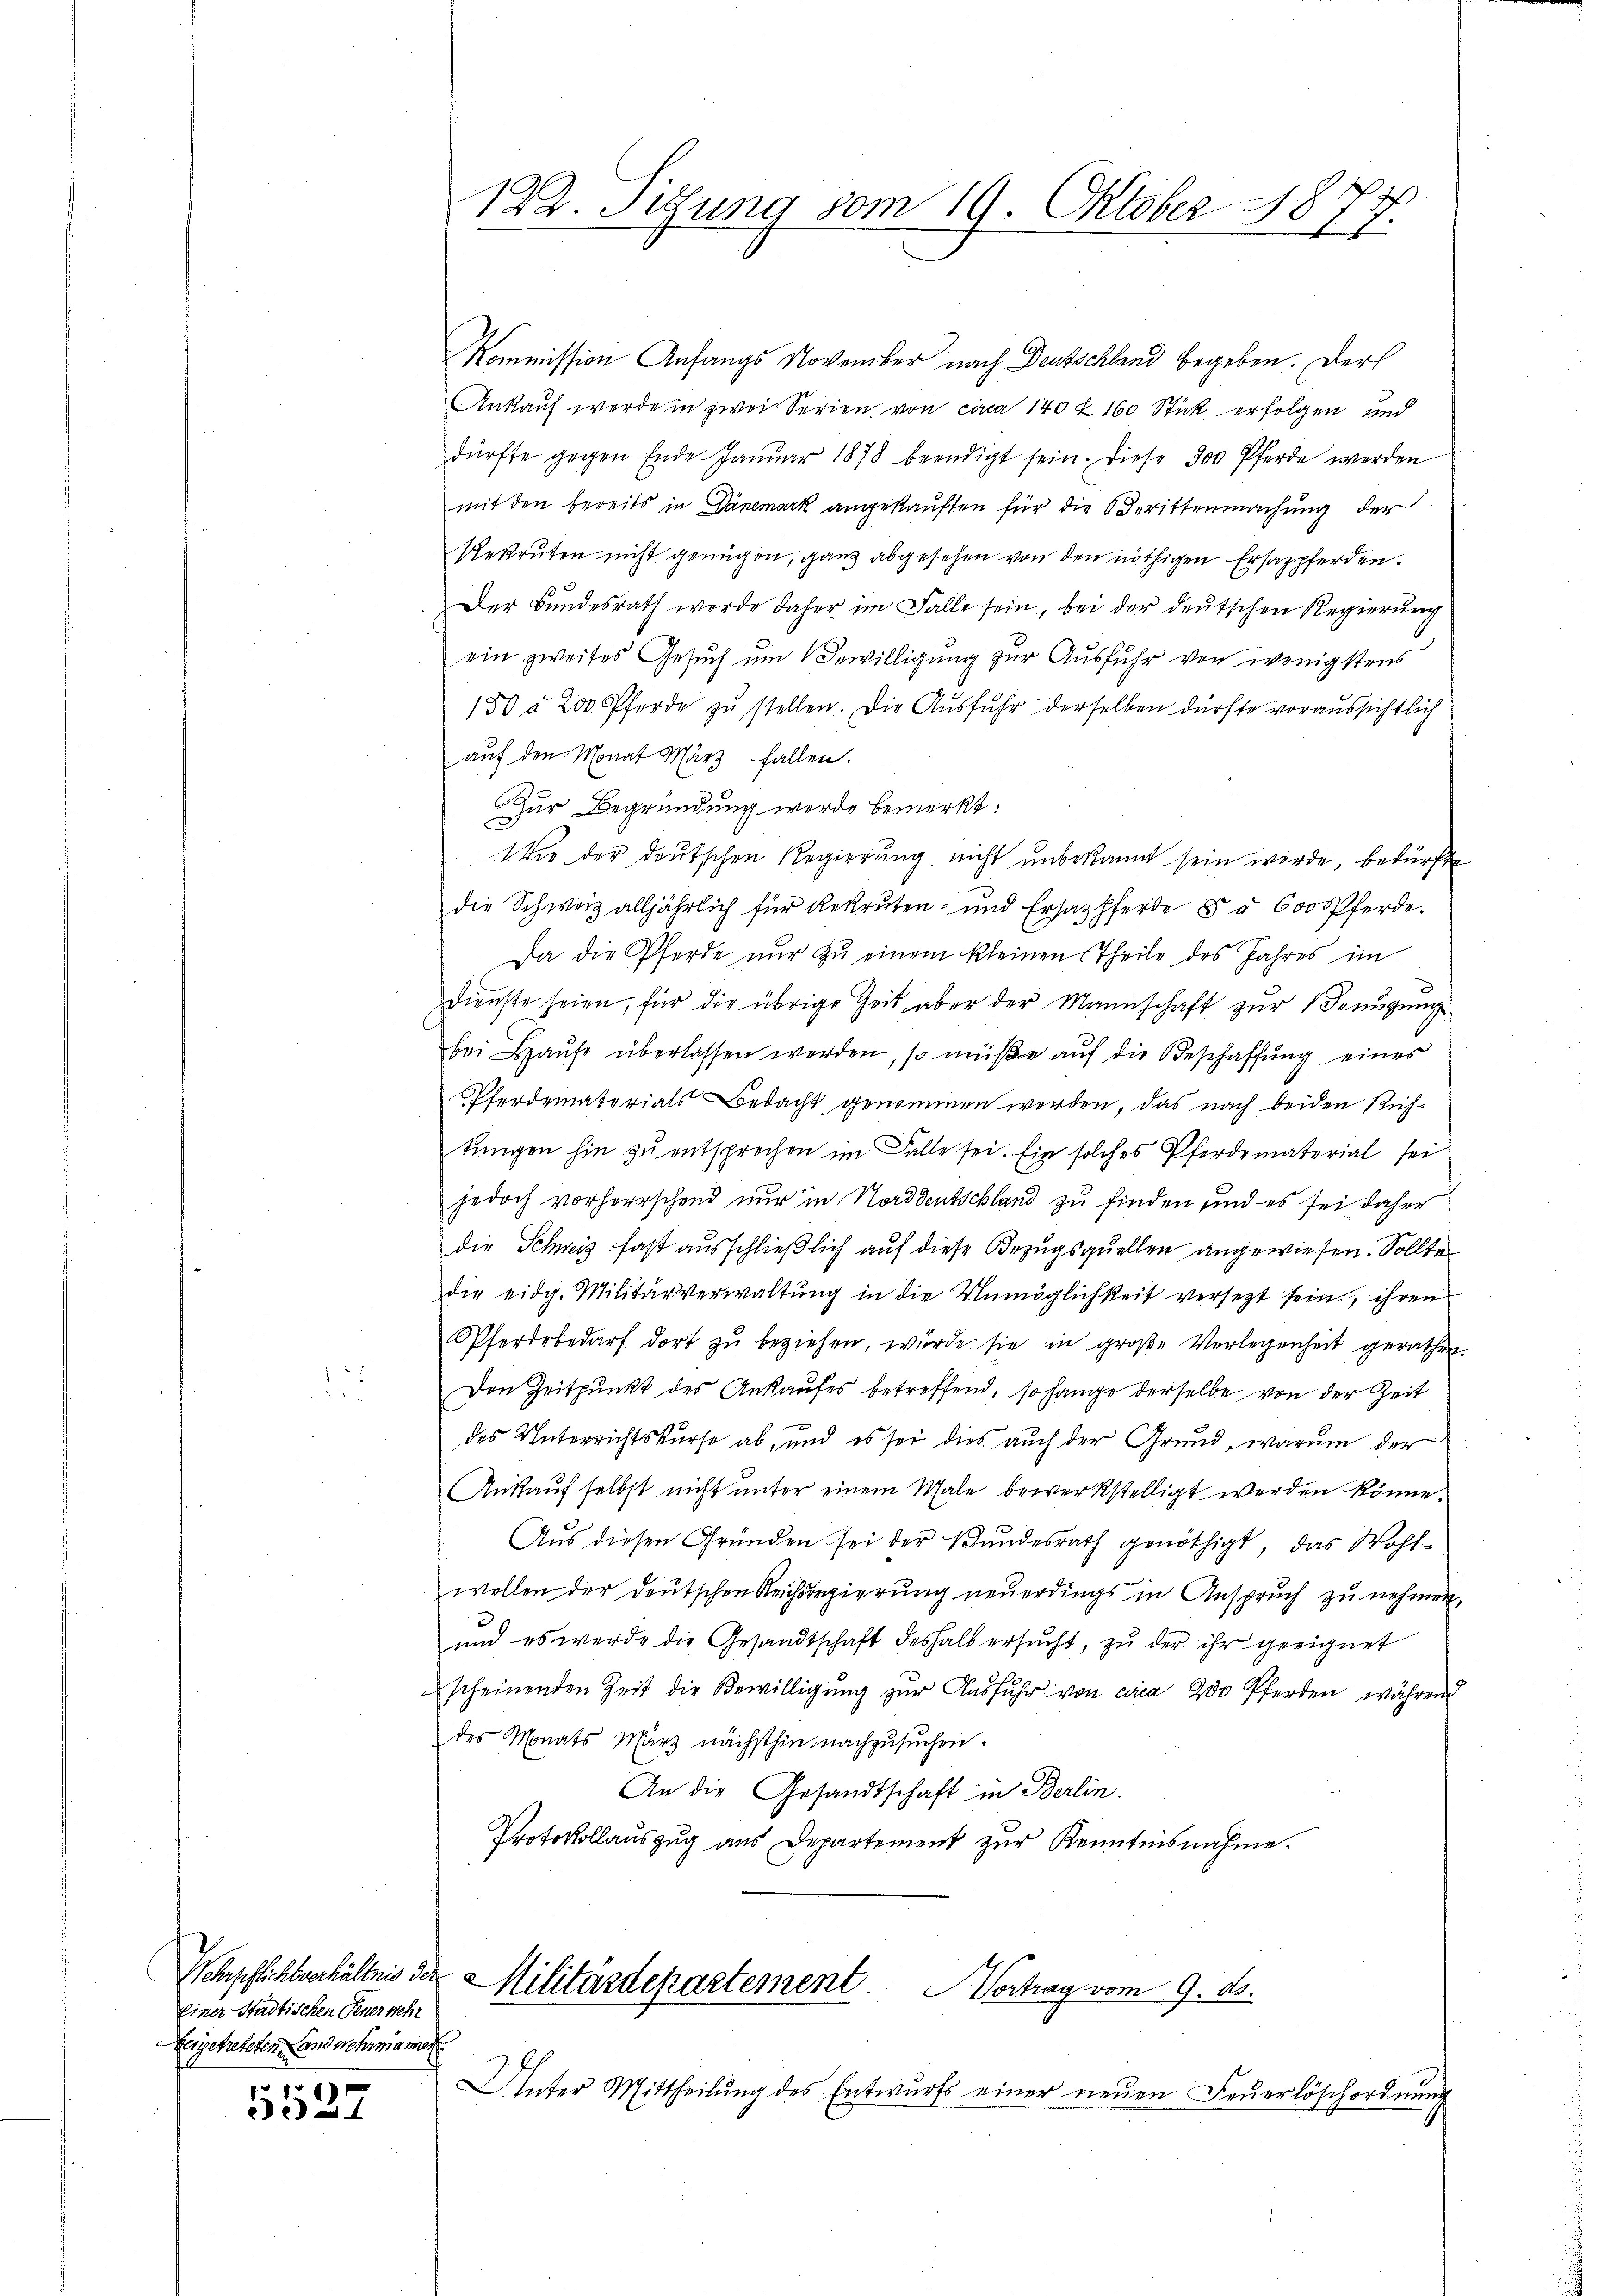
Wehrpflichtverhältnis der
Einer Städtischen Gener mehr
beigetreteten and mehrmamen.

5527

Kommission Anfangs November nach Deutschland begeben. Der
Ankauf werde in zwei Serien, von circa 140 & 160 Stick erfolgen und
dürfte gegen Ende Janŭar 1878 beendigt sein. Diese 300 Pferde werden
mit den bereits in Dänemark angekauften für die Berittenmachung der
Rekruten nicht genügen, ganz abgesehen von den nöthigen Ersazpferden.
Der Bundesrath werde daher im Falle sein, bei der deutschen Regierung
ein zweites Gesuch um Bewilligung zur Ausfuhr von wenigstens
150 § 200 Pferde zu stellen. Die Ausfuhr derselben dürfte voraussichtlich
auf den Monat März fallen.
Zur Begründung werde bemerkt:
Wie der deutschen Regierung nicht unbekannt sein werde, bedürfte
die Schweiz alljährlich für Rekruten- und Ersatzpferde § § 600 Pferde.
Da die Pferde nur zu einem kleinen Theile des Jahres im
Dienste seien, für die übrige Zeit aber der Mannschaft zur Genügung
bei Haŭse überlassen werden, so müße aŭf die Beschaffŭng eines
Pferdematerials Bedacht genommen werden, das nach beiden Richtungen hin zu entsprechen im Falle sei. Ein solches Pferdematerial sei
jedoch vorherrschend nur in Norddeutschland zu finden und es sei daher
die Schweiz fast ausschließlich auf diese Bezugsquellen angewiesen. Sollte
die eidg. Militärverwaltung in die Unmöglichkeit versezt sein, ihren
Pferdebedarf dort zu beziehen, wurde sie in große Verlegenheit gerathen.
Den Zeitpunkt des Ankaufes betreffend, so hange derselbe von der Zeit
u
des Unterrichtskurse ab, und es sei dies auch der Grund, warum der
Ankauf selbst nicht unter einem Male bewerkstelligt werden könne.
Aus diesen Gründen sei der Bundesrath genöthigt, das Wohlwollen der Deutschen Reichsregierŭng neŭerdings in Ansprŭch zŭ nehmen,
und es werde die Gesandtschaft deshalb ersŭcht, zu der ihr geeignet
scheinenden Zeit die Bewilligung zur Ausfuhr von circa 200 Pferden, während
des Monats März nächsthin nachzusuchen.
An die Gesandtschaft in Berlin.
Protokollauszug aus Departement zur Kenntnisnahme.

122. Sitzung vom 19. Oktober 1877.

Militärdepartement. Vortrag vom 9. ds.

Unter Mittheilŭng des Entwurfs einer neŭen Feŭerlöschordnŭng